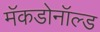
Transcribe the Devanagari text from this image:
मॅकडोनॉल्ड